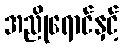
အညိုရောင်နှင့်